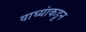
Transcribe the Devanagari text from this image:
वाघ्यांकडून